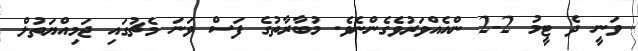
ވަނީ ދެ ޓީމު 2-2 ންއެއްވަރުވެގެންނެވެ. މުބާރާތުގެ ފަސް ވަނަ މެޗުގައި ޖަމިއްޔަތުލް